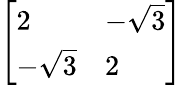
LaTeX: \left[{\begin{array}{ll}{2}&{-{\sqrt{3}}}\\ {-{\sqrt{3}}}&{2}\end{array}}\right]